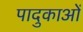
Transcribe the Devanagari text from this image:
पादुकाओं